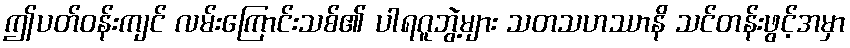
ဤပတ်ဝန်းကျင် လမ်းကြောင်းသစ်၏ ပါရဂူဘွဲ့များ သတသဟဿာနိ သင်တန်းဖွင့်အမှာ